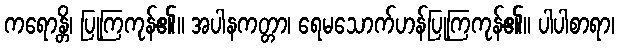
ကရောန္တိ၊ ပြုကြကုန်၏။ အပါနကတ္တာ၊ ရေမသောက်ဟန်ပြုကြကုန်၏။ ပါပါစာရာ၊